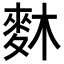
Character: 𪌎